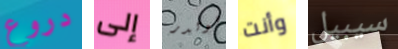
دروع إلى هولدر وأنت سيبيل